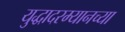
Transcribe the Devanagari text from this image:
युद्धादरम्यानच्या